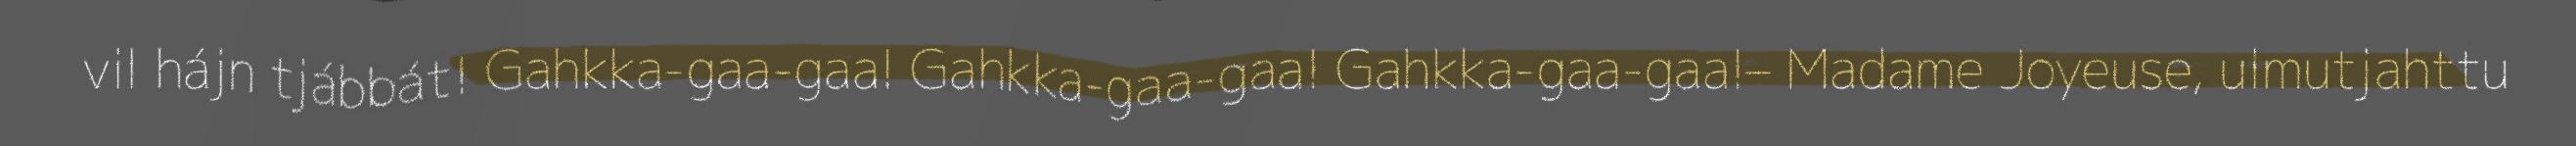
vil hájn tjábbát! Gahkka-gaa-gaa! Gahkka-gaa-gaa! Gahkka-gaa-gaa!– Madame Joyeuse, ulmutjahttu